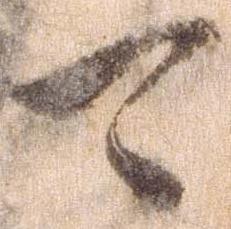
可